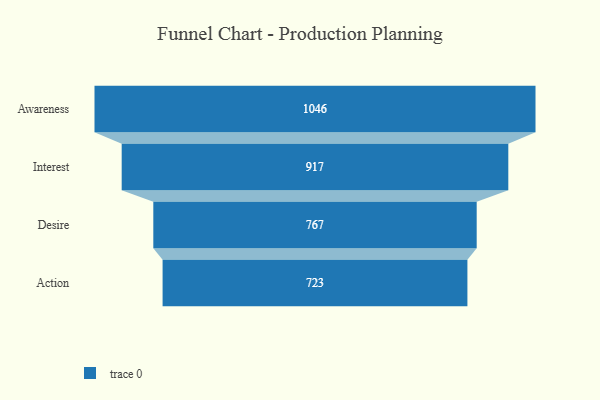
{"axis": {"x": "Stage", "y": "Value"}, "legend": [""], "data": [{"x": "Awareness", "y": 1046.0, "type": ""}, {"x": "Interest", "y": 917.0, "type": ""}, {"x": "Desire", "y": 767.0, "type": ""}, {"x": "Action", "y": 723.0, "type": ""}]}